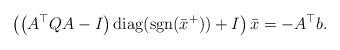
LaTeX: \begin{align*}\left(\left(A^\top Q A-I\right) \mbox{diag}(\mbox{sgn}(\bar x^+))+I\right){\bar x}=-A^\top b.\end{align*}